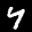
Label: 4